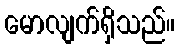
မောလျက်ရှိသည်။